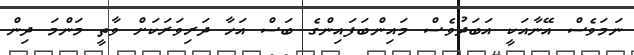
ނަމަވެސް އޭނާއަކީ އަބަދުވެސް މައިންބަފައިންގެ ބަސް އަހާ ދަރިވަރަކަށް ވާތީ މަންމަ ދިން